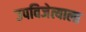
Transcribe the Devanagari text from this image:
उपविजेत्याला